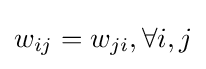
w_{ij}=w_{ji},\forall i,j